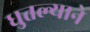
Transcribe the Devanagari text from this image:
धुतल्याने